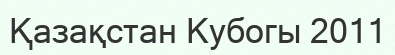
Қазақстан Кубогы 2011